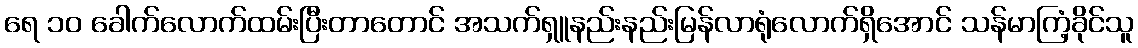
ရေ ၁၀ ခေါက်လောက်ထမ်းပြီးတာတောင် အသက်ရှူနည်းနည်းမြန်လာရုံလောက်ရှိအောင် သန်မာကြံ့ခိုင်သူ